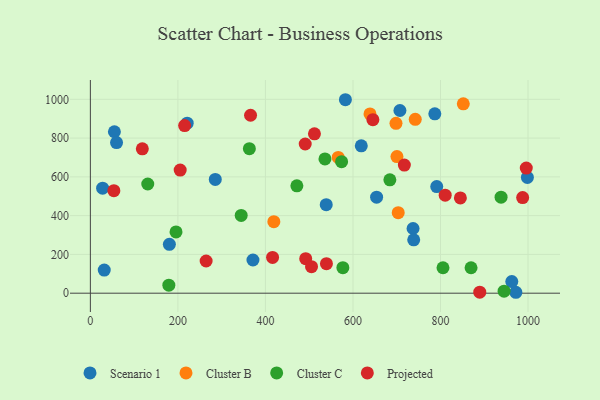
{"axis": {"x": "Investment", "y": "Profit"}, "legend": ["Cluster B", "Cluster C", "Projected", "Scenario 1"], "data": [{"x": "31.7", "y": 119.4, "type": "Scenario 1"}, {"x": "371.5", "y": 171.1, "type": "Scenario 1"}, {"x": "998.5", "y": 597.3, "type": "Scenario 1"}, {"x": "791.4", "y": 549.7, "type": "Scenario 1"}, {"x": "221.2", "y": 876.7, "type": "Scenario 1"}, {"x": "285.4", "y": 587.0, "type": "Scenario 1"}, {"x": "28.0", "y": 541.9, "type": "Scenario 1"}, {"x": "972.2", "y": 4.7, "type": "Scenario 1"}, {"x": "707.3", "y": 942.2, "type": "Scenario 1"}, {"x": "582.7", "y": 997.9, "type": "Scenario 1"}, {"x": "54.9", "y": 832.6, "type": "Scenario 1"}, {"x": "59.8", "y": 776.7, "type": "Scenario 1"}, {"x": "619.0", "y": 760.0, "type": "Scenario 1"}, {"x": "787.0", "y": 925.3, "type": "Scenario 1"}, {"x": "180.5", "y": 251.9, "type": "Scenario 1"}, {"x": "654.0", "y": 495.3, "type": "Scenario 1"}, {"x": "737.3", "y": 333.7, "type": "Scenario 1"}, {"x": "538.9", "y": 456.5, "type": "Scenario 1"}, {"x": "962.9", "y": 60.0, "type": "Scenario 1"}, {"x": "738.8", "y": 275.3, "type": "Scenario 1"}, {"x": "419.2", "y": 368.7, "type": "Cluster B"}, {"x": "852.1", "y": 976.9, "type": "Cluster B"}, {"x": "566.3", "y": 700.2, "type": "Cluster B"}, {"x": "638.9", "y": 924.4, "type": "Cluster B"}, {"x": "700.5", "y": 704.7, "type": "Cluster B"}, {"x": "698.3", "y": 876.2, "type": "Cluster B"}, {"x": "703.4", "y": 415.3, "type": "Cluster B"}, {"x": "742.3", "y": 896.9, "type": "Cluster B"}, {"x": "576.9", "y": 131.4, "type": "Cluster C"}, {"x": "869.8", "y": 131.2, "type": "Cluster C"}, {"x": "131.1", "y": 563.3, "type": "Cluster C"}, {"x": "574.0", "y": 678.1, "type": "Cluster C"}, {"x": "179.3", "y": 41.4, "type": "Cluster C"}, {"x": "938.4", "y": 495.4, "type": "Cluster C"}, {"x": "945.3", "y": 10.3, "type": "Cluster C"}, {"x": "805.7", "y": 131.2, "type": "Cluster C"}, {"x": "471.8", "y": 553.8, "type": "Cluster C"}, {"x": "344.6", "y": 401.2, "type": "Cluster C"}, {"x": "684.3", "y": 584.9, "type": "Cluster C"}, {"x": "195.7", "y": 316.0, "type": "Cluster C"}, {"x": "363.3", "y": 745.3, "type": "Cluster C"}, {"x": "536.0", "y": 692.6, "type": "Cluster C"}, {"x": "717.4", "y": 660.7, "type": "Projected"}, {"x": "810.7", "y": 505.6, "type": "Projected"}, {"x": "264.5", "y": 166.1, "type": "Projected"}, {"x": "845.4", "y": 491.4, "type": "Projected"}, {"x": "539.4", "y": 152.1, "type": "Projected"}, {"x": "490.9", "y": 769.4, "type": "Projected"}, {"x": "492.0", "y": 178.2, "type": "Projected"}, {"x": "889.7", "y": 5.1, "type": "Projected"}, {"x": "416.3", "y": 184.3, "type": "Projected"}, {"x": "512.0", "y": 821.8, "type": "Projected"}, {"x": "996.0", "y": 645.2, "type": "Projected"}, {"x": "645.5", "y": 895.0, "type": "Projected"}, {"x": "505.3", "y": 136.9, "type": "Projected"}, {"x": "118.7", "y": 744.6, "type": "Projected"}, {"x": "205.2", "y": 634.9, "type": "Projected"}, {"x": "53.7", "y": 528.9, "type": "Projected"}, {"x": "987.7", "y": 493.1, "type": "Projected"}, {"x": "215.4", "y": 864.7, "type": "Projected"}, {"x": "366.0", "y": 917.8, "type": "Projected"}]}